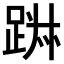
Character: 𨁕